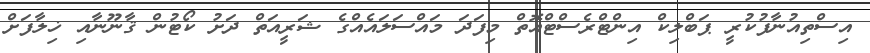
އިސްތިއުނާފުކުރީ ޕަބްލިކް އިންޓްރެސްޓްއޮތް މިފަދަ މައްސަލައެއްގެ ޝަރީއަތް ދަށު ކޯޓުން ޤާނޫނާއި ޚިލާފަށް